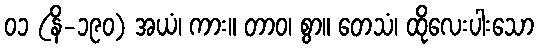
၀၁ (နိ-၁၉၀) အယံ၊ ကား။ တာဝ၊ စွာ။ တေသံ၊ ထိုလေးပါးသော